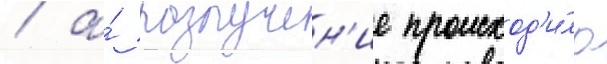
/ а́ разлучен'ие происход'и́ло